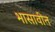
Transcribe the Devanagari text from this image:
भासावीत